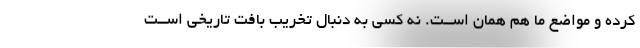
کرده و مواضع ما هم همان اســت. نه کسی به دنبال تخریب بافت تاریخی اســت